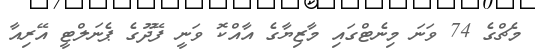
މެޗްގެ 74 ވަނަ މިނެޓްގައި މާޒިޔާގެ އާއްކޮ ވަނީ ފޭދޫގެ ޕެނަލްޓީ އޭރިއާ